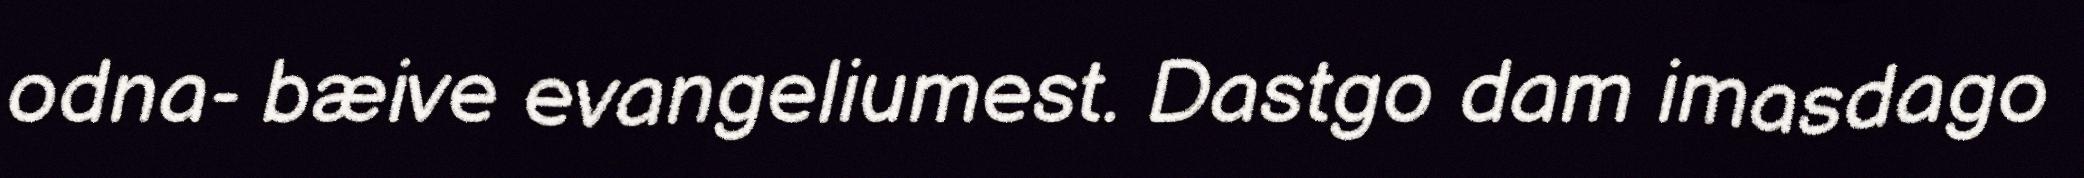
odna- bæive evangeliumest. Dastgo dam imasdago